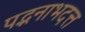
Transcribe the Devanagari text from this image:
पद्भनाभदत्त